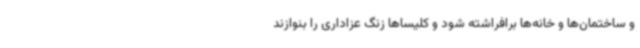
و ساختمان‌ها و خانه‌ها برافراشته شود و کلیساها زنگ عزاداری را بنوازند